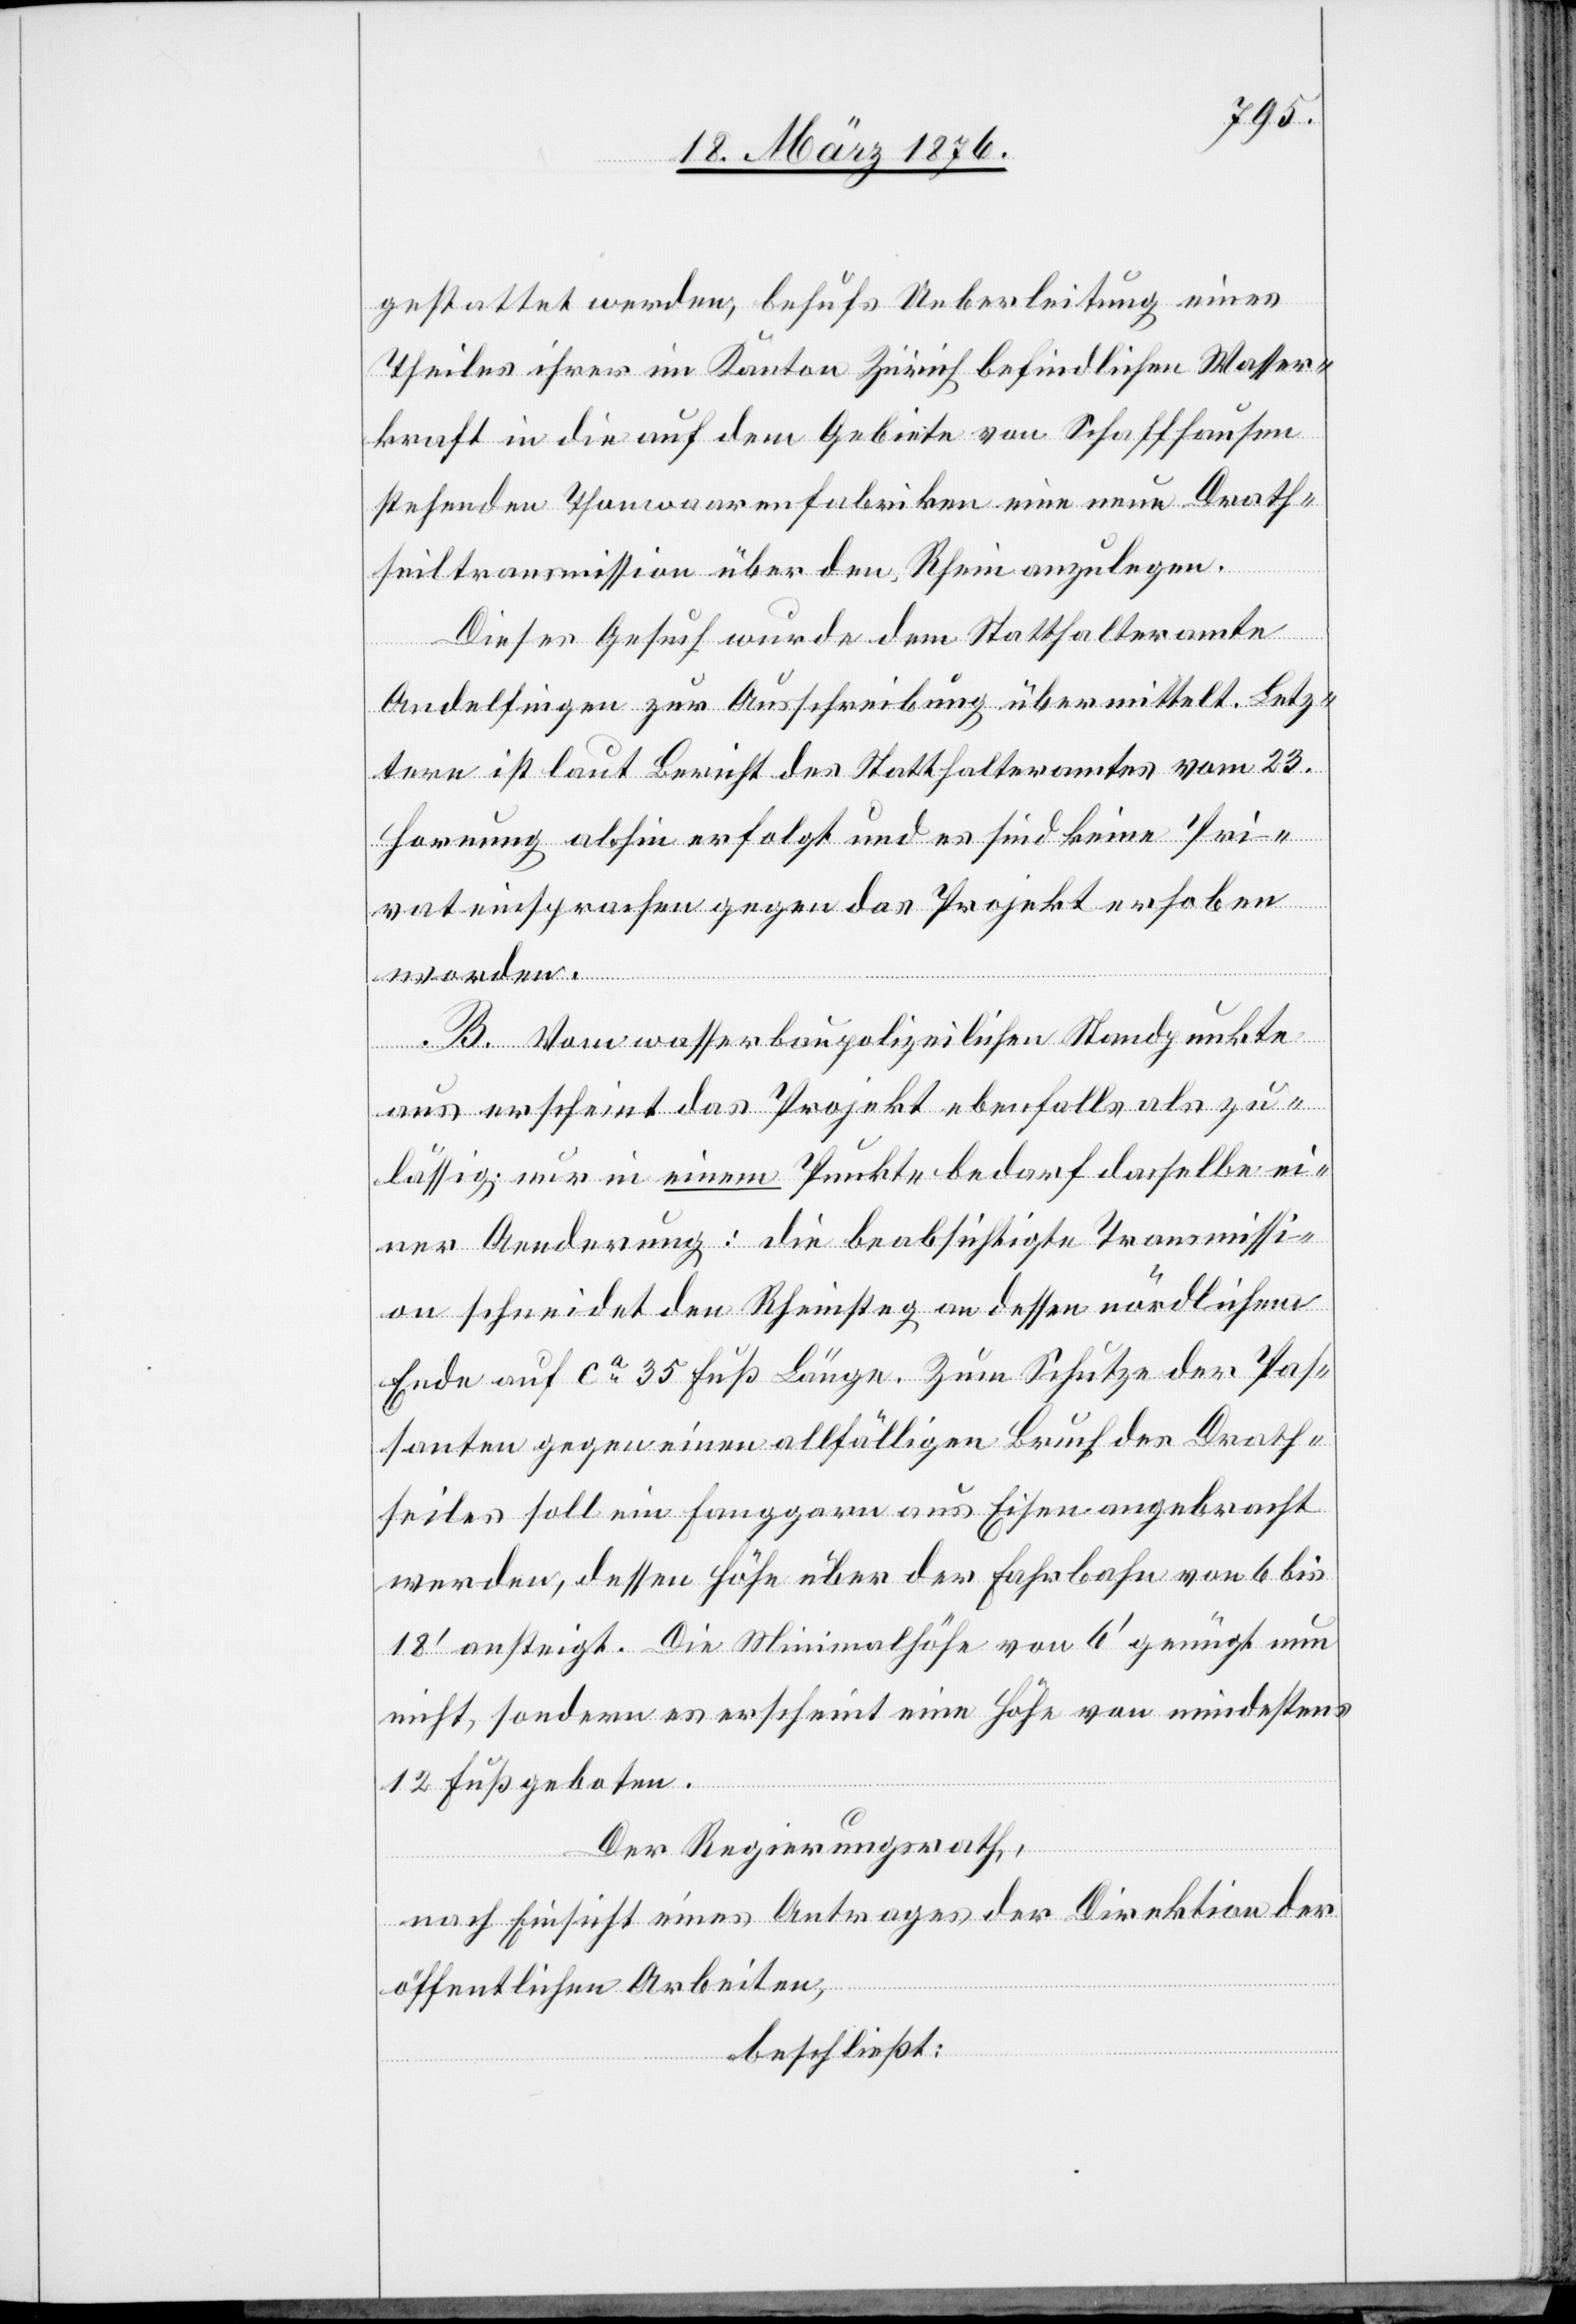
gestattet werden, behufs Ueberleitung eines
Theiles ihrer im Kanton Zürich befindlichen Wasser¬
kraft in die auf dem Gebiete von Schaffhausen
stehenden Thonwaarenfabriken eine neue Drath¬
seiltransmission über den Rhein anzulegen.
Dieses Gesuch wurde dem Statthalteramte
Andelfingen zur Ausschreibung übermittelt. Letz¬
tere ist laut Bericht des Statthalteramtes vom 23.
Hornung abhin erfolgt und es sind keine Pri¬
vateinsprachen gegen das Projekt erhoben
worden.
B. Vom wasserbaupolizeilichen Standpunkte
aus erscheint das Projekt ebenfalls als zu¬
lässig. nur in einem Punkte bedarf dasselbe ei¬
ner Aenderung: die beabsichtigte Transmissi¬
on schneidet den Rheinsteg an dessen nördlichstem
Ende auf ca 35 Fuß Länge. Zum Schutze der Pas¬
santen gegen einen allfälligen Bruch des Drath¬
seiles soll ein Fanggarn aus Eisen angebracht
werden, dessen Höhe über der Fahrbahn von 6 bis
18’ ansteigt. Die Minimalhöhe von 6’ genügt nun
nicht, sondern es erscheint eine Höhe von mindestens
12 Fuß geboten.
Der Regierungsrath,
nach Einsicht eines Antrages der Direktion der
öffentlichen Arbeiten,
beschließt: